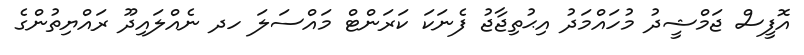
އޮފީސް ޖަމްޝީދު މުހައްމަދު އިޙުތިޖާޖު ފެނަކަ ކަރަންޓް މައްސަލަ ހދ ނެއްލައިދޫ ރައްޔިތުންގެ